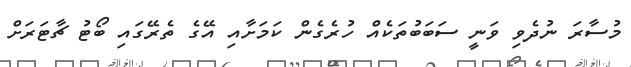
މުސާރަ ނުދެވި ވަނީ ސަބަބުތަކެއް ހުރެގެން ކަމަށާއި އޭގެ ތެރޭގައި ބޯޓު ޗާޓަރަށް